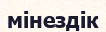
мінездік